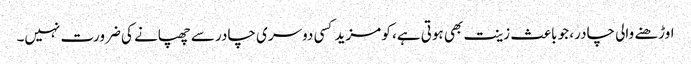
اوڑھنے والی چادر، جو باعث زینت بھی ہوتی ہے، کو مزید کسی دوسری چادر سے چھپانے کی ضرورت نہیں۔